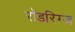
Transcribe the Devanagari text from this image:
रॉडरिग्ज